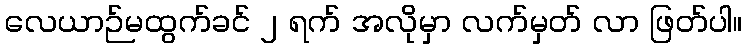
လေယာဉ်မထွက်ခင် ၂ ရက် အလိုမှာ လက်မှတ် လာ ဖြတ်ပါ။